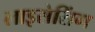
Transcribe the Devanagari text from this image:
लाइसेसिंग